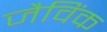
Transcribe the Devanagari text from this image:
जैविंक